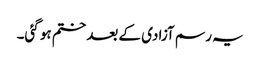
یہ رسم آزادی کے بعد ختم ہو گئی۔